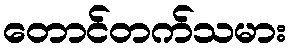
တောင်တက်သမား